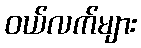
ဝယ်လက်များ